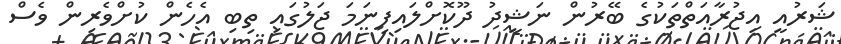
ޝަރުއީ އިޖުރާއަތްތަކުގެ ބޭރުން ނަޝީދު ދޫކޮށްލައިފިނަމަ ޖަލުގައި ތިބި އެހެން ކުށްވެރިން ވެސް